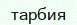
тарбия